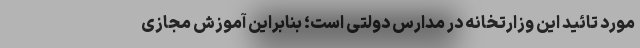
مورد تائید این وزارتخانه در مدارس دولتی است؛ بنابراین آموزش مجازی